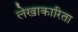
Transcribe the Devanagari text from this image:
लेखाकारिता